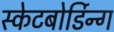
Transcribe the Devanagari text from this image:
स्केटबोर्डिन्ग